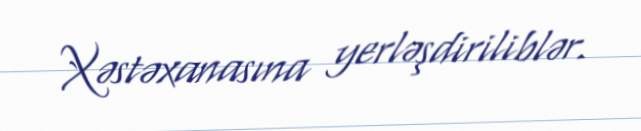
Xəstəxanasına yerləşdiriliblər.